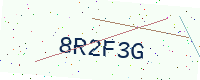
Text: 8R2F3G